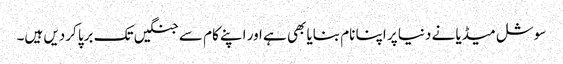
سوشل میڈیا نے دنیا پر اپنا نام بنایا بھی ہے اور اپنے کام سے جنگیں تک برپا کردیں ہیں۔